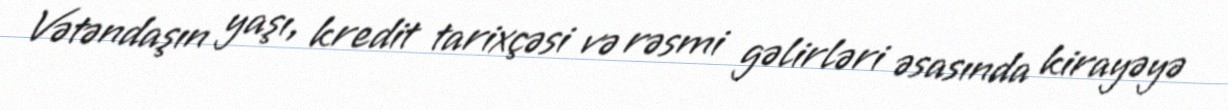
Vətəndaşın yaşı, kredit tarixçəsi və rəsmi gəlirləri əsasında kirayəyə